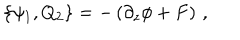
\{ \psi _ { 1 } , Q _ { 2 } \} = - \left( \partial _ { z } \phi + F \right) \, ,